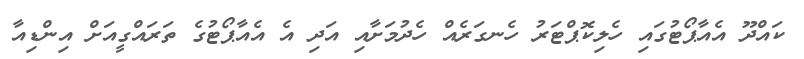
ކައްދޫ އެއާޕޯޓުގައި ހެލިކޮޕްޓަރު ހެނގަރެއް ހެދުމަށާއި އަދި އެ އެއާޕޯޓުގެ ތަރައްގީއަށް އިންޑިއާ